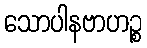
သောပါနဗာဟဉ္စ